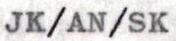
JK/AN/SK